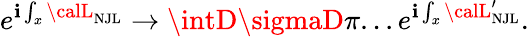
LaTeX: e^{\mathbf{i}\int_{x}{\calL}_{\mathrm{{NJL}}}}\to\intD\sigmaD\pi...e^{\mathbf{i}\int_{x}{\calL}_{\mathrm{{NJL}}}^{\prime}}.